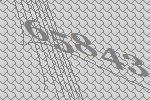
65843